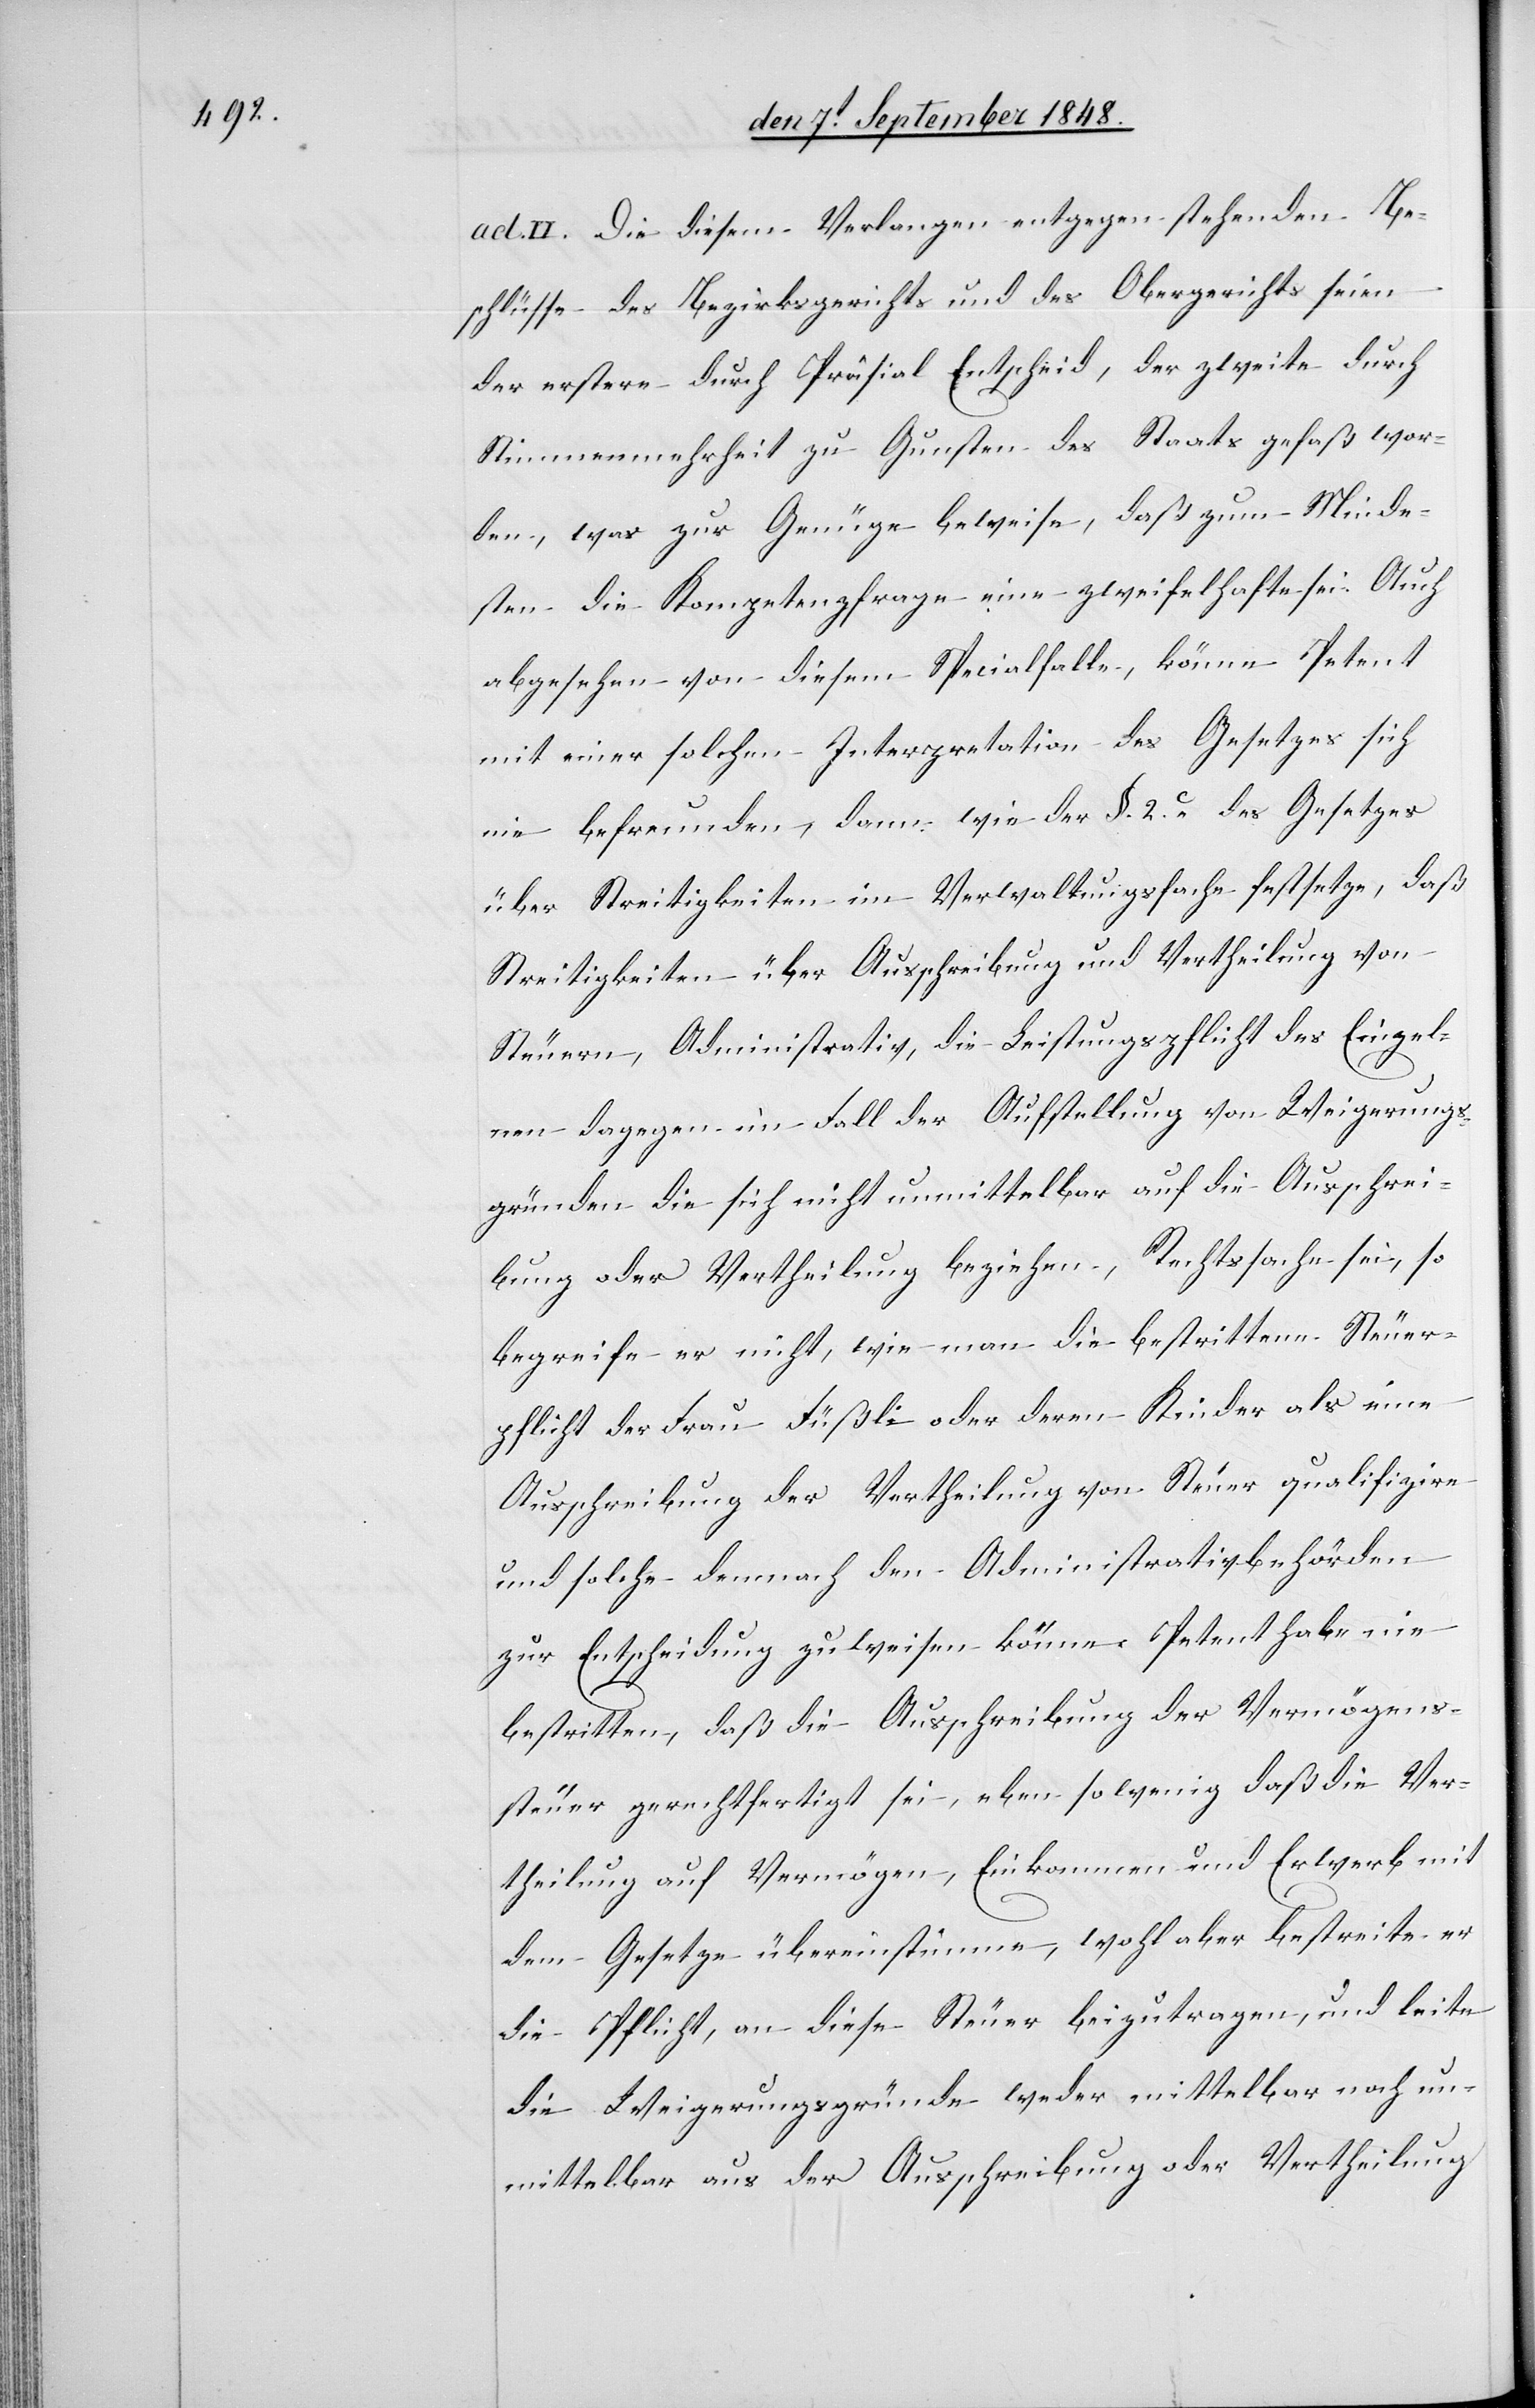
ad. II. Die diesem Verlangen entgegen stehenden Be¬
schlüsse des Bezirksgerichts und des Obergerichts seien
der erstere durch Präsidial Entscheid, der zweite durch
Stimmenmehrheit zu Gunsten des Staats gefaß[t] wor¬
den, was zur Genüge beweise, daß zum Minde¬
sten die Kompetenzfrage eine zweifelhafte sei. Auch
abgesehen von diesem Specialfalle, könne Petent
mit einer solchen Interpretation des Gesetzes sich
nie befreunden, dann wie der §. 2. c. des Gesetzes
über Streitigkeiten im Verwaltungsfache festsetze, daß
Streitigkeiten über Ausschreibung und Vertheilung von
Steuern, Administrativ, die Leistungspflicht des Einzel¬
nen dagegen im Fall der Aufstellung von Weigerungs¬
gründen die sich nicht unmittelbar auf die Ausschrei¬
bung oder Vertheilung beziehen, Rechtssache sei, so
begreife er nicht, wie man die bestrittene Steuer¬
pflicht der Frau Füßli oder deren Kinder als eine
Ausschreibung der Vertheilung von Steuer qualifizire
und solche demnach den Administrativbehörden
zur Entscheidung zuweisen könne. Petent habe nie
bestritten, daß die Ausschreibung der Vermögens¬
steuer gerechtfertig sei, eben so wenig daß die Ver¬
theilung auf Vermögen, Einkommen und Erwerb mit
dem Gesetze übereinstimme, wohl aber bestreite er
die Pflicht, an diese Steuer beizutragen, und leite
die Weigerungsgründe weder mittelbar noch un¬
mittelbar aus der Ausschreibung oder Vertheilung